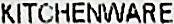
KITCHENWARE